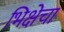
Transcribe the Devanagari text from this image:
भिक्षेचा